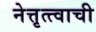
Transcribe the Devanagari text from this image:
नेत्तृत्त्वाची